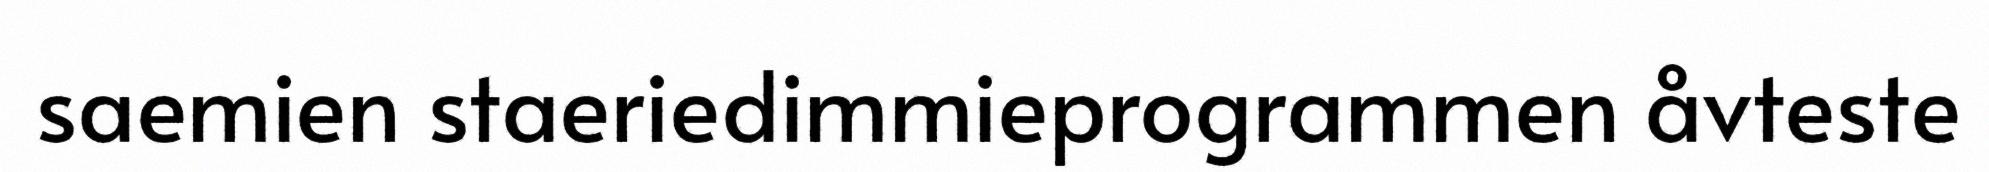
saemien staeriedimmieprogrammen åvteste